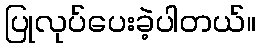
ပြုလုပ်ပေးခဲ့ပါတယ်။